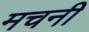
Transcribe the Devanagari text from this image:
मचनी